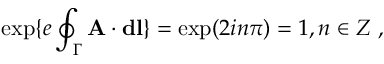
\exp \{ e \oint _ { \Gamma } { \bf A } \cdot { \bf d l } \} = \exp ( 2 i n \pi ) = 1 , n \in Z \ ,